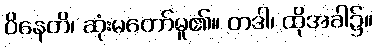
ဝိနေတိ၊ ဆုံးမတော်မူ၏။ တဒါ၊ ထိုအခါ၌။